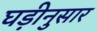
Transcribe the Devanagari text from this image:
घड़ीनुसार